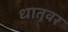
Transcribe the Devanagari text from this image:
धातुवर